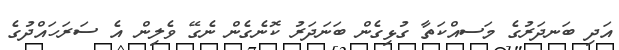
އަދި ބަނދަރުގެ މަސއްކަތާ ގުޅިގެން ބަނަދަރު ކޮނެގެން ނެގޭ ވެލިން އެ ސަރަހައްދުގެ